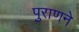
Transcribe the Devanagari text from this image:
पुराणने